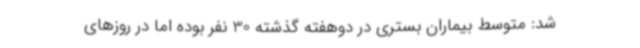
شد: متوسط بیماران بستری در دوهفته گذشته 30 نفر بوده اما در روزهای